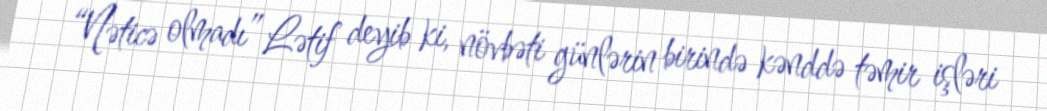
“Nəticə olmadı” Lətif deyib ki, növbəti günlərin birində kənddə təmir işləri